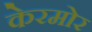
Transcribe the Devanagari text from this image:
केरमोर